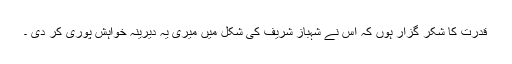
قدرت کا شکر گزار ہوں کہ اس نے شہباز شریف کی شکل میں میری یہ دیرینہ خواہش پوری کر دی ۔